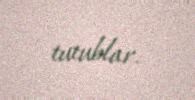
tutublar.